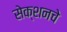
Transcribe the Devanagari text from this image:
सेक्शनचे